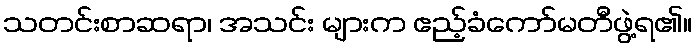
သတင်းစာဆရာ၊ အသင်း များက ဧည့်ခံကော်မတီဖွဲ့ရ၏။